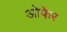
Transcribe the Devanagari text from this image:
ओफेर